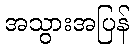
အသွားအပြန်